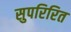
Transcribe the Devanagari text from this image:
सुपरिरित